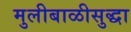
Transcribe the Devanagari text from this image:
मुलीबाळीसुद्धा